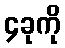
၄ခုကို